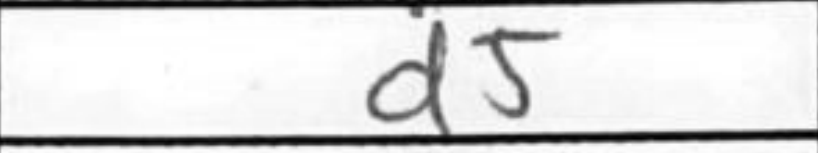
Transcription: d5